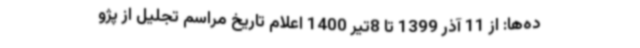
ده‌ها: از 11 آذر 1399 تا 8تیر 1400 اعلام تاریخ مراسم تجلیل از پژو